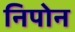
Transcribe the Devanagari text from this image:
निपोन